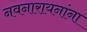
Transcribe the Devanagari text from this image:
नवनारायनांना